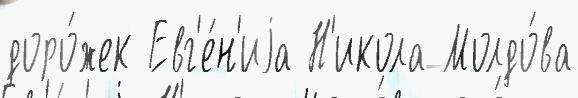
доро́жек Евг'е́н'иjа Н'икола Молдо́ва